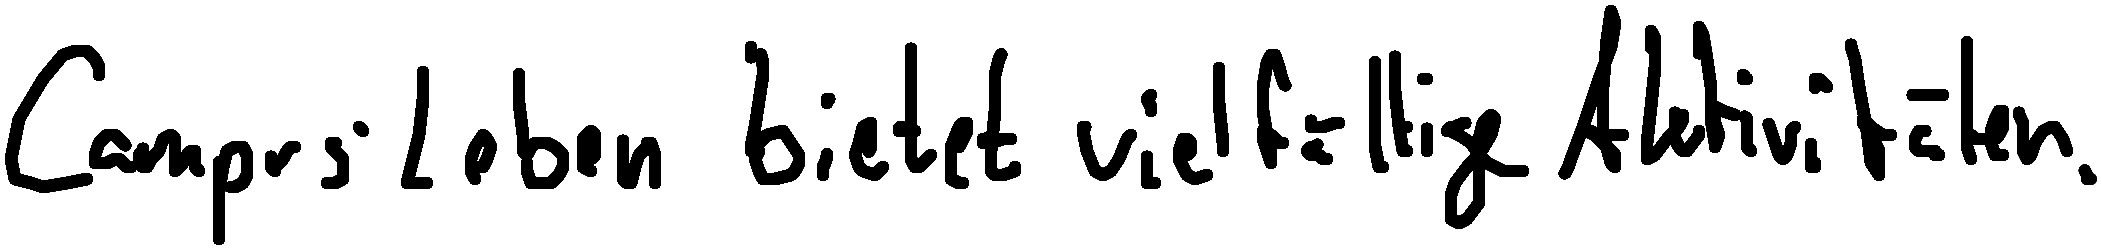
Campus-Leben bietet vielfältige Aktivitäten.